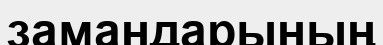
замандарының